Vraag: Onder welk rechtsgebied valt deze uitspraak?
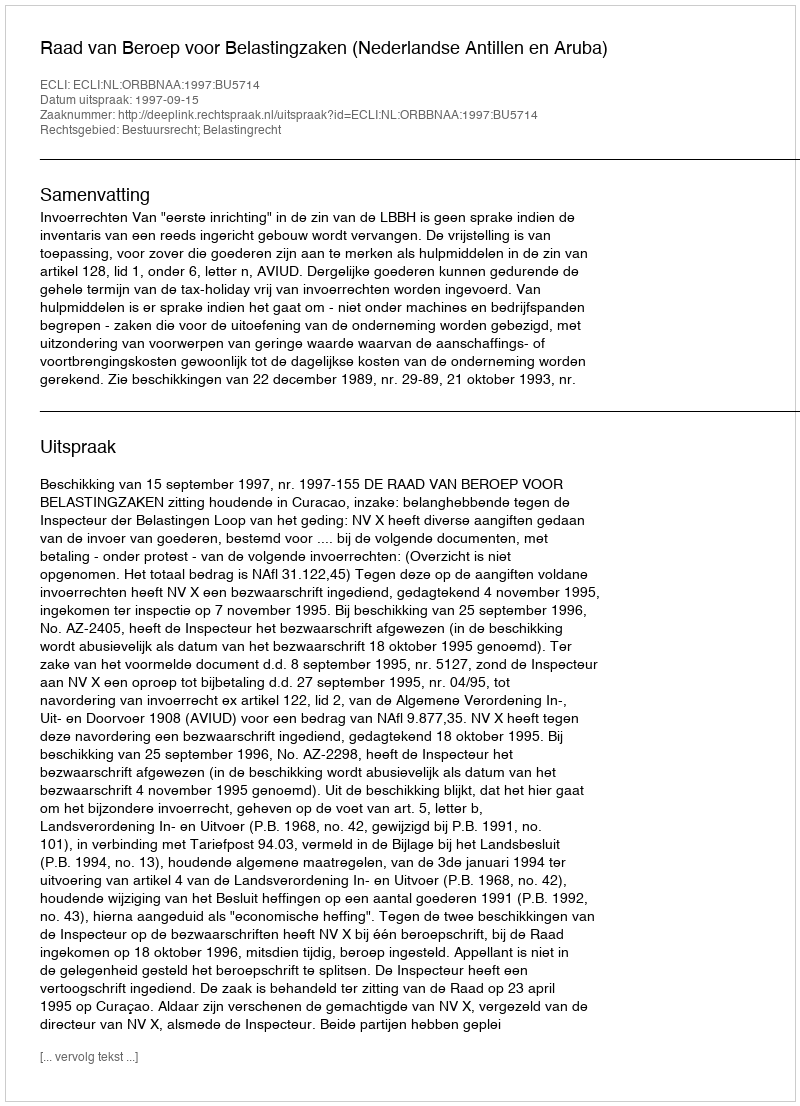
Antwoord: Bestuursrecht; Belastingrecht